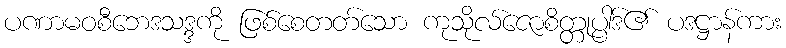
ပဏာမဝစီဘေဒသဒ္ဒကို ဖြစ်စေတတ်သော ကုသိုလ်ဇောစိတ္တုပ္ပါဒ်၏ ပဒဋ္ဌာန်ကား